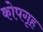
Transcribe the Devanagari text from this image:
कोपगृह